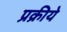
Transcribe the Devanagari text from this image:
प्रक्रीये